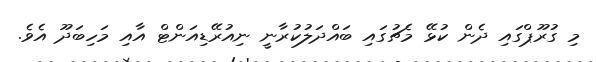
މި ގުރޫޕްގައި ދެން ކުޅޭ މެޗުގައި ބައްދަލުކުރާނީ ނިއުރޭޑިއަންޓް އާއި މަހިބަދޫ އެވެ.